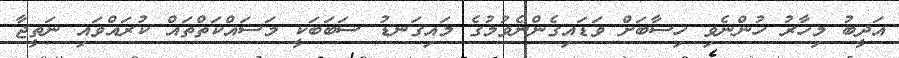
އަދީބު މިހާރު ހުންނެވި ހިސާބަށް ވަޑައިގެންނެވުމުގެ މައިގަނޑު ސަބަބަކީ މަސައްކަތްތައް ކުރައްވައި ނަތީޖާ